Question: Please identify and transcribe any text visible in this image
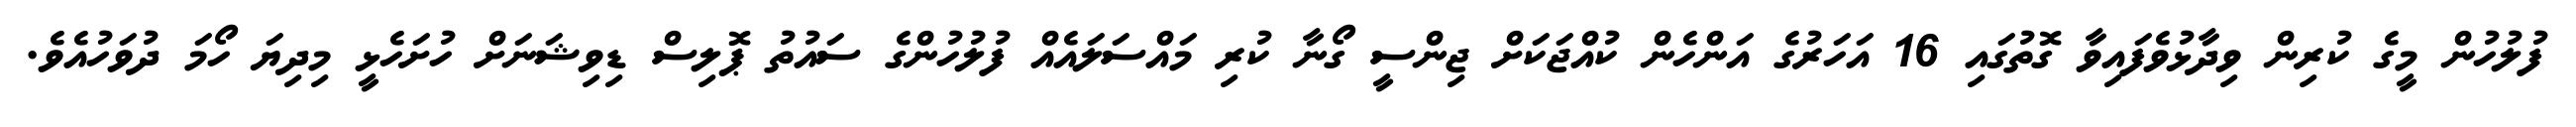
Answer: ފުލުހުން މީގެ ކުރިން ވިދާޅުވެފައިވާ ގޮތުގައި 16 އަހަރުގެ އަންހެން ކުއްޖަކަށް ޖިންސީ ގޯނާ ކުރި މައްސަލައެއް ފުލުހުންގެ ސައުތު ޕޮލިސް ޑިވިޝަނަށް ހުށަހެޅީ މިދިޔަ ހޯމަ ދުވަހުއެވެ.